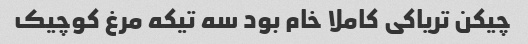
چیکن تریاکی کاملا خام بود سه تیکه مرغ کوچیک